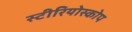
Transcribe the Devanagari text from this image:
स्टीरियोस्कोप